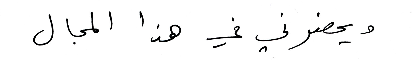
ويحضرني في هذا المجال